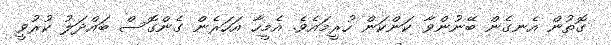
ގޮތުން އެނގެން ބޭނުންވާ ކަންކަން ހުރީމައެވެ. އެމީހާ އަހަރެން ގެންގޮސް ބައްދަލު ކުރުވީ